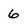
Character: 6